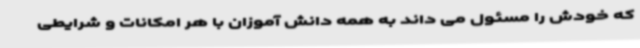
که خودش را مسئول می داند به همه دانش آموزان با هر امکانات و شرایطی